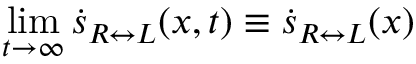
\operatorname* { l i m } _ { t \rightarrow \infty } \dot { s } _ { R \leftrightarrow L } ( x , t ) \equiv \dot { s } _ { R \leftrightarrow L } ( x )